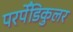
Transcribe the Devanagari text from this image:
परपेँडिकुलर